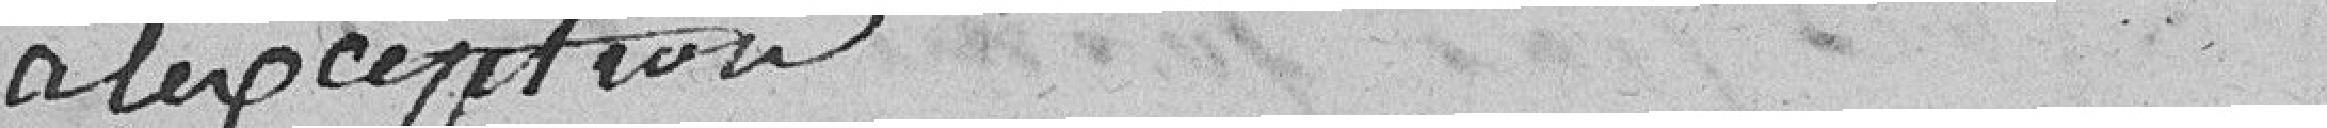
à l'exception